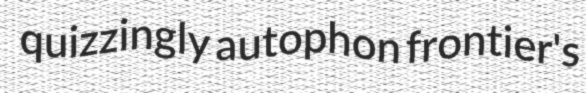
quizzingly autophon frontier's